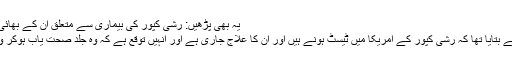
یہ بھی پڑھیں: رشی کپور کی بیماری سے متعلق ان کے بھائی کا اہم انکشاف
رندھیر کپور نے بتایا تھا کہ رشی کپور کے امریکا میں ٹیسٹ ہونے ہیں اور ان کا علاج جاری ہے اور انہیں توقع ہے کہ وہ جلد صحت یاب ہوکر وطن لوٹیں گے۔